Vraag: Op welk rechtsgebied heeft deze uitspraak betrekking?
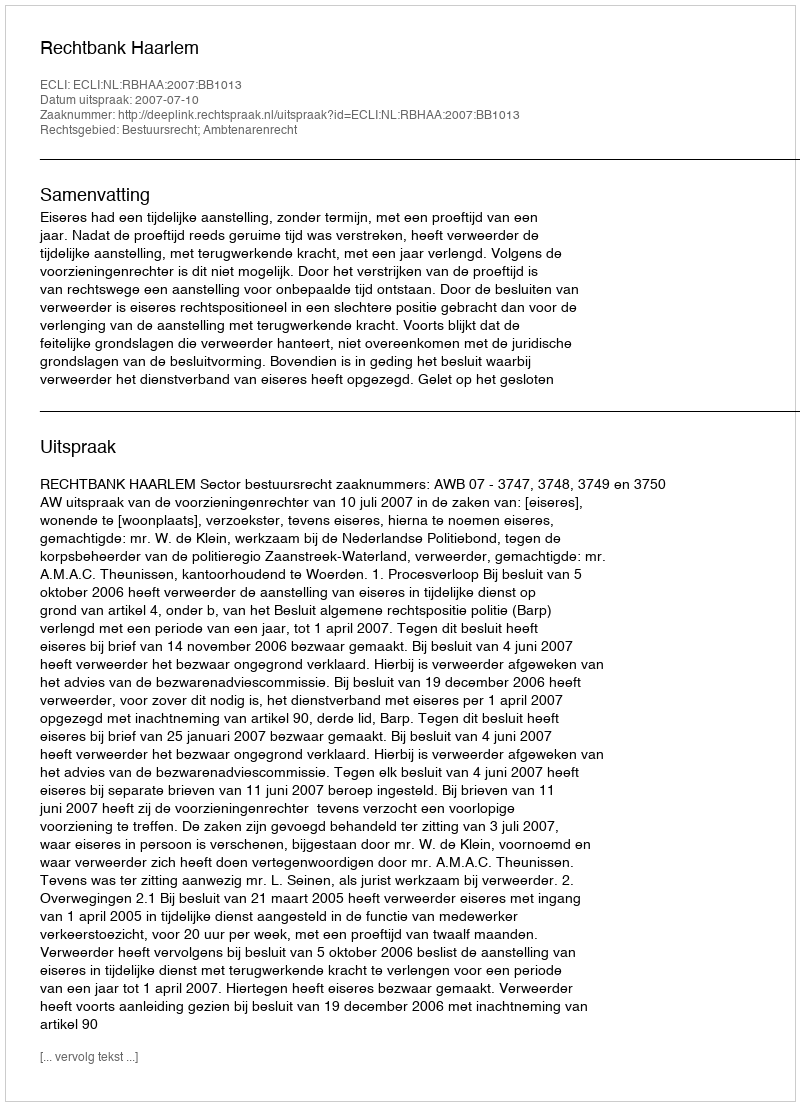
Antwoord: Bestuursrecht; Ambtenarenrecht